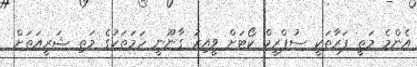
އެންމެ މަތީ ފަރާތަކީ ސުޕްރީމް ކޯޓަށް ވީއިރު ގާނޫނީ ހަމަތަކުގެ މަތި ޝަރީއަތަށް